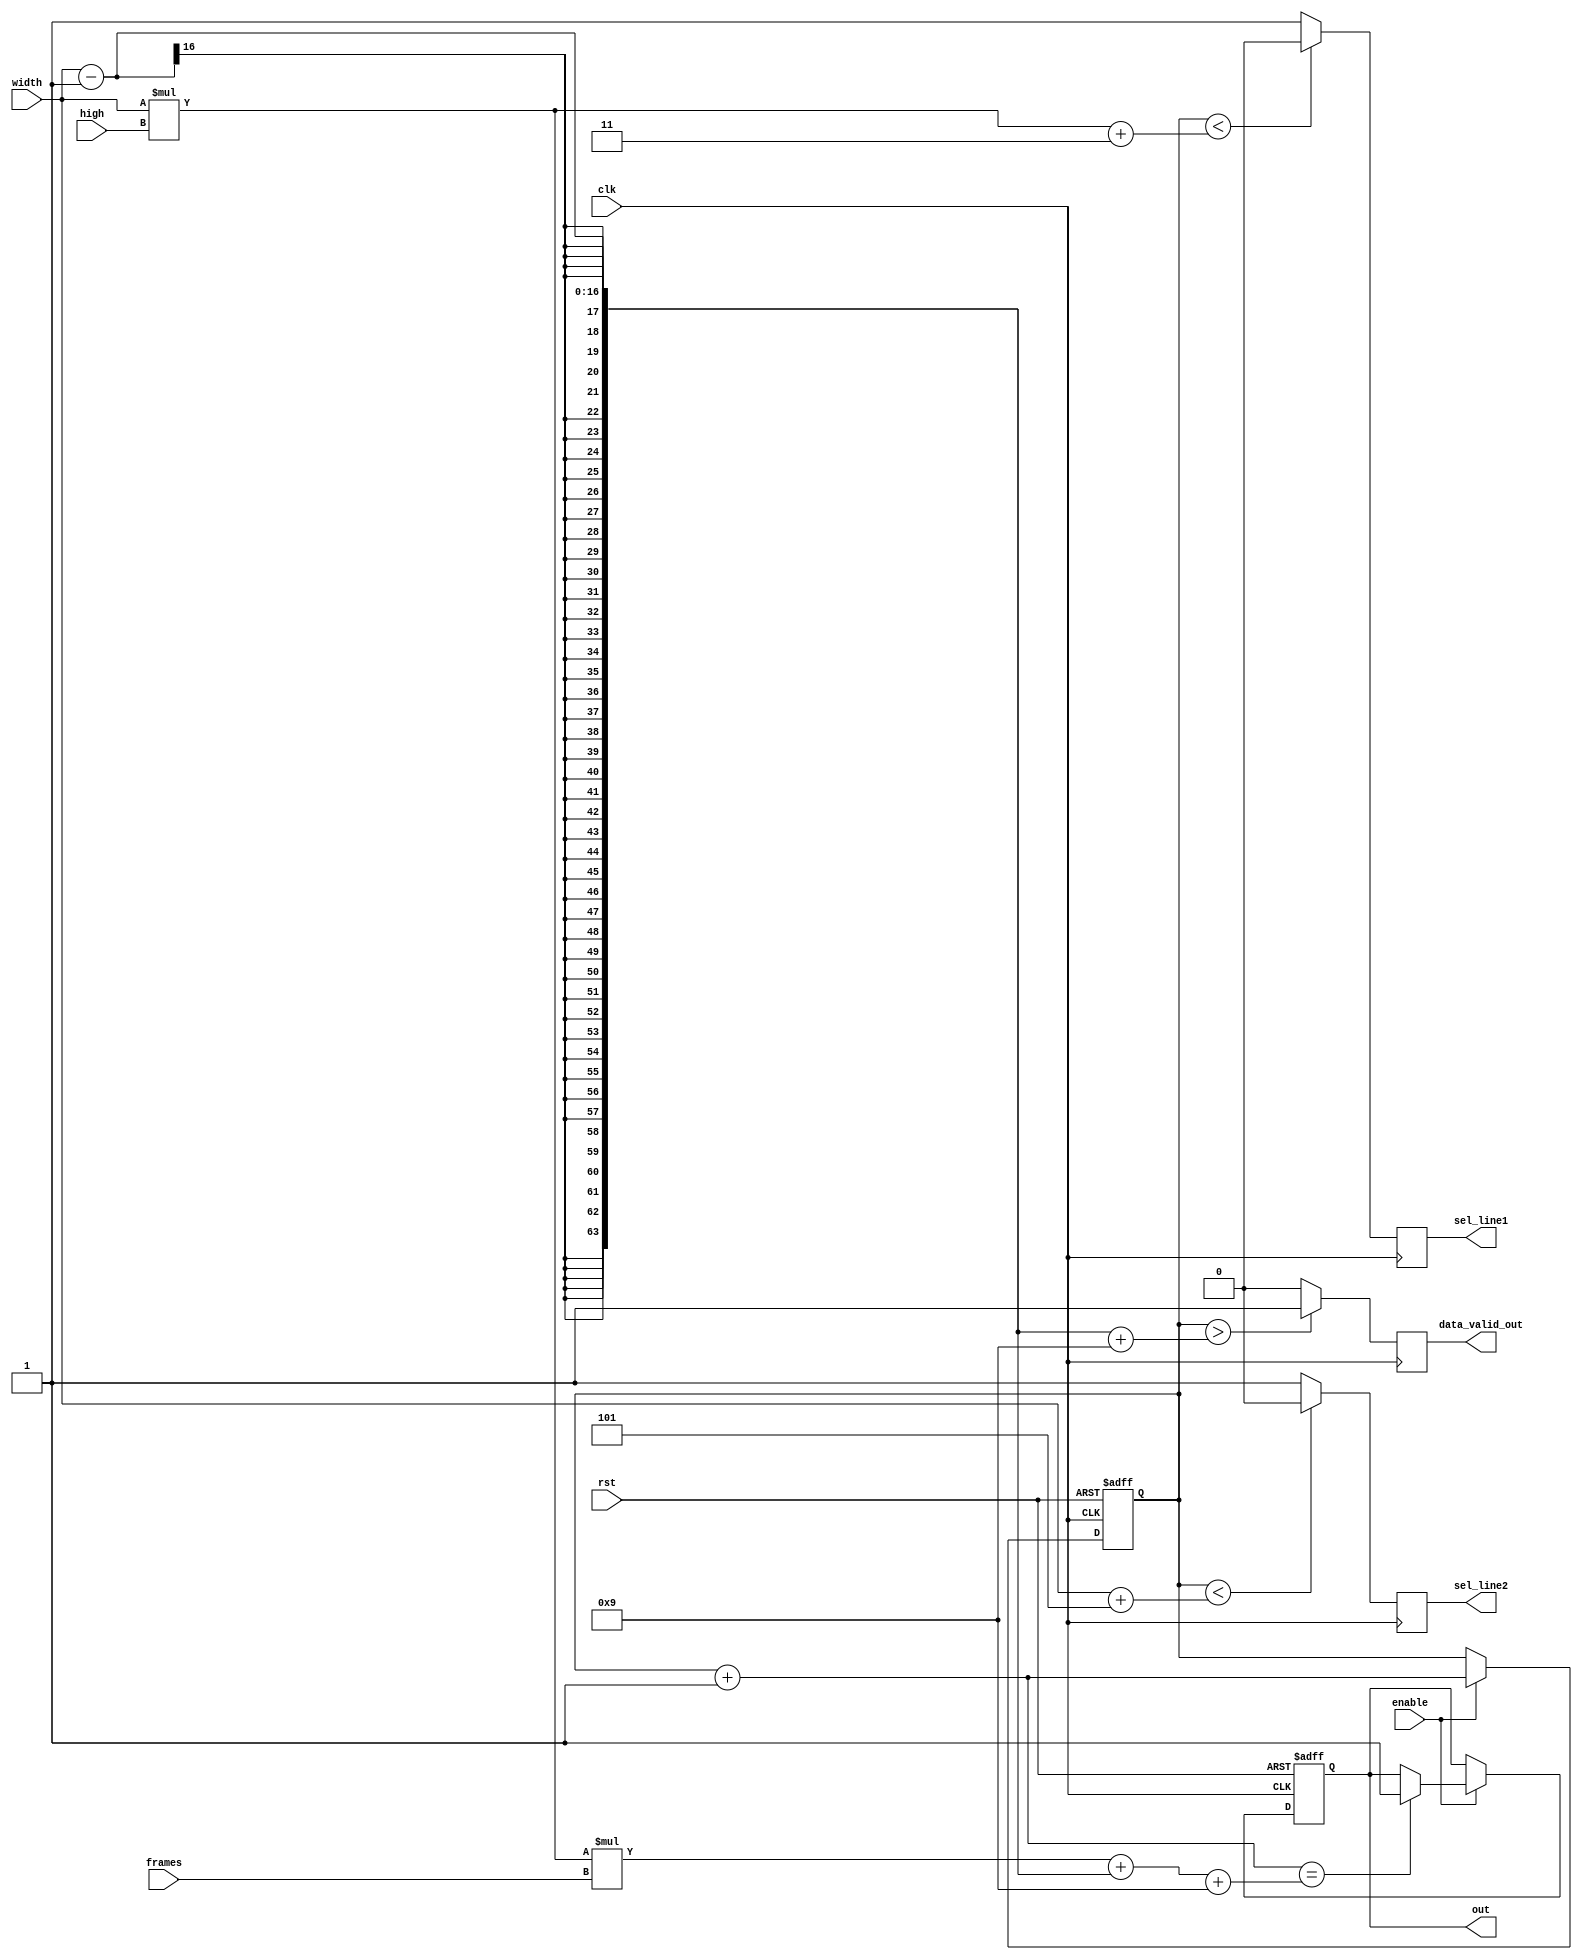
module counter_control (
output reg out, //STOP SIGNAL
output reg data_valid_out, //WRITE SIGNAL
output reg sel_line1,
output reg sel_line2,
input wire [15:0] width,
input wire [15:0] high,
input wire [31:0] frames,
input wire clk,
input wire rst,
input wire enable
);
reg [63:0] counter=1'b0;
always @(posedge clk or posedge rst) begin
  if (rst) begin
   out = 1'b0; 
   counter = 1'b0;         
  end
  else if(enable) begin
   counter = counter + 1'b1;
    if(counter == width*high*frames + (width-1) + 9)
    out = 1'b1;
   end
 end
 
always @(posedge clk) begin
  if(counter < width*high + 3)
		sel_line1 = 1'b0;
	else sel_line1 = 1'b1;
end

always @(posedge clk) begin
  if(counter < width + 5)
		sel_line2 = 1'b0;
	else sel_line2 = 1'b1;
end


 
 always @(posedge clk) begin
	if(counter > (width-1) + 9) data_valid_out = 1'b1;
		else data_valid_out = 1'b0;
 
 end
  
endmodule